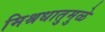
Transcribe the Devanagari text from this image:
मिश्रधातुमुळे